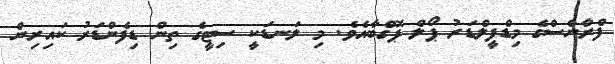
ފްރާންސްގެ މިޑްފީލްޑަރު ޕޯލް ޕޮގްބާއެވެ. މި ލަނޑަކީ ސިޓީގެ ތިން ޑިފެންޑަރު ކައިރިން